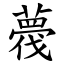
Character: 薎